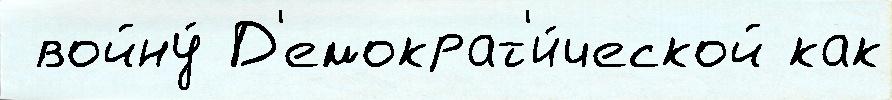
 войну́ Д'емократ'и́ческой как